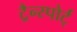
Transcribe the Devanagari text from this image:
ट्रैन्स्पोर्ट्